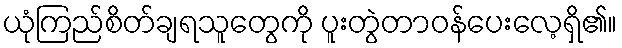
ယုံကြည်စိတ်ချရသူတွေကို ပူးတွဲတာဝန်ပေးလေ့ရှိ၏။